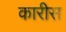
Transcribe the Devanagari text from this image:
कारीस